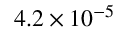
4 . 2 \times 1 0 ^ { - 5 }